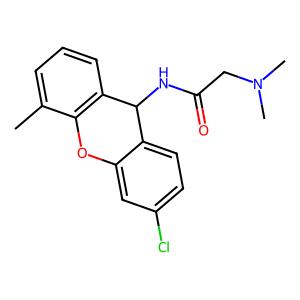
SMILES: Cc1cccc2c1Oc1cc(Cl)ccc1C2NC(=O)CN(C)C
Inhibits HIV replication: No